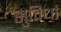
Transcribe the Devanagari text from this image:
सुविधां